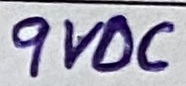
Text: 9VDC